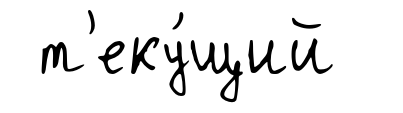
т'еку́щий